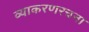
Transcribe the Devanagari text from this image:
व्याकरणरचना